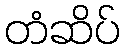
တံဆိပ်